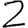
Digit: 2